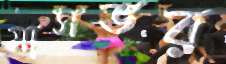
মাসভর